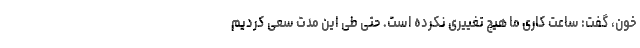
خون، گفت: ساعت کاری ما هیچ تغییری نکرده است. حتی طی این مدت سعی کردیم